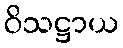
ဝိသဋ္ဌာယ